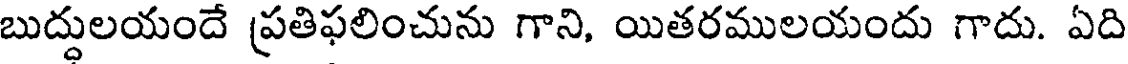
బుద్దులయందే ప్రతిఫలించును గాని, యితరములయందు గాదు. ఏది